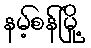
နမ့်စန်မြို့